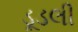
ડૂડલી